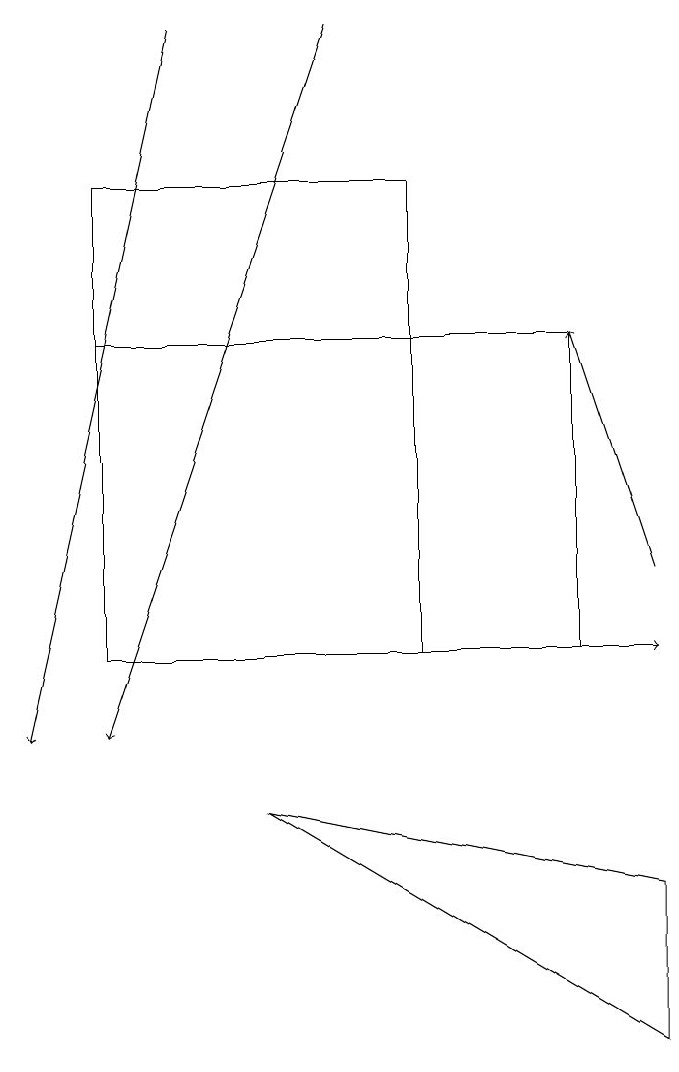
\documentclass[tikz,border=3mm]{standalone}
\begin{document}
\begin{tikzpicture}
\draw (6,11) rectangle (2,17);
\draw (2,15) rectangle (8,11);
\draw (9,6) -- (9,8) -- (4,9) -- cycle;
\draw[->] (3,19) -- (1,10);
\draw[->] (9,12) -- (8,15);
\draw[->] (4,11) -- (9,11);
\draw[->] (5,19) -- (2,10);
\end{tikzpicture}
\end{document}